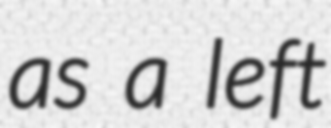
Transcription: as a left